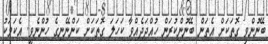
ބޭނުންވި ގޮތަކަށް އެތަން ބޭނުންކުރަން ހުއްދަދެއްވާ ކަހަލަ ގޮތަކަށް ކަންނޭނގެ ހުންނެވީ. އެކަމަކު